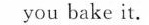
you bake it.